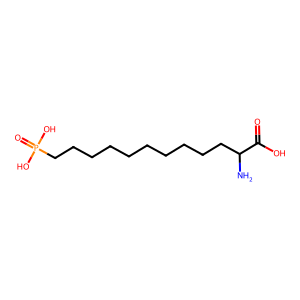
SMILES: NC(CCCCCCCCCCP(=O)(O)O)C(=O)O
Inhibits HIV replication: No